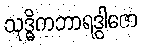
သုဒ္ဓိကဘာရဒွါဇော